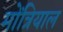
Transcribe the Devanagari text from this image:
मोंत्रियाल